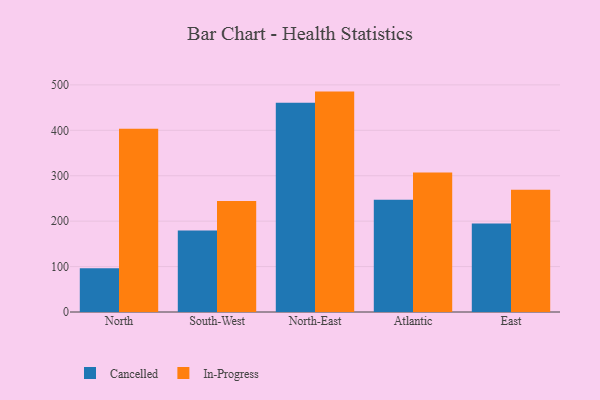
{"axis": {"x": "Region", "y": "Page Views"}, "legend": ["Cancelled", "In-Progress"], "data": [{"x": "North", "y": 96.3, "type": "Cancelled"}, {"x": "North", "y": 403.4, "type": "In-Progress"}, {"x": "South-West", "y": 179.6, "type": "Cancelled"}, {"x": "South-West", "y": 244.1, "type": "In-Progress"}, {"x": "North-East", "y": 460.9, "type": "Cancelled"}, {"x": "North-East", "y": 485.2, "type": "In-Progress"}, {"x": "Atlantic", "y": 246.9, "type": "Cancelled"}, {"x": "Atlantic", "y": 306.9, "type": "In-Progress"}, {"x": "East", "y": 194.6, "type": "Cancelled"}, {"x": "East", "y": 268.9, "type": "In-Progress"}]}